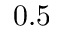
0 . 5